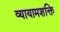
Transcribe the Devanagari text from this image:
व्यायामशक्ति